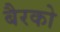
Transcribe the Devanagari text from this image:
बैरको